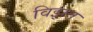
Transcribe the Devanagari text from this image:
विझत